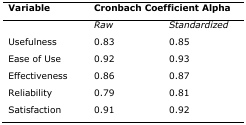
<table><thead><tr><td><b>Variable</b></td><td colspan="2"><b>Cronbach Coefficient Alpha</b></td></tr></thead><tbody><tr><td></td><td><i>Raw</i></td><td><i>Standardized</i></td></tr><tr><td>Usefulness</td><td>0.83</td><td>0.85</td></tr><tr><td>Ease of Use</td><td>0.92</td><td>0.93</td></tr><tr><td>Effectiveness</td><td>0.86</td><td>0.87</td></tr><tr><td>Reliability</td><td>0.79</td><td>0.81</td></tr><tr><td>Satisfaction</td><td>0.91</td><td>0.92</td></tr></tbody></table>